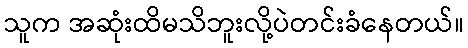
သူက အဆုံးထိမသိဘူးလို့ပဲတင်းခံနေတယ်။